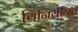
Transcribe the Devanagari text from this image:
विनियंत्रित